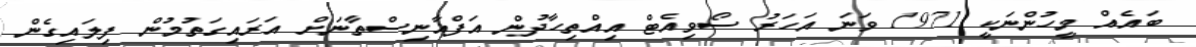
ބައެއް މީހުންނަކީ 1971 ވަނަ އަހަރު ސޯވިއެޓް އިއްތިހާދުން އަފްޣާނިސްތާނަށް އަރައިގަތުމުން ފިލައިގެން